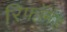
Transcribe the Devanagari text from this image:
रिफॉर्मड